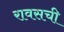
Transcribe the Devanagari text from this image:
रावसची